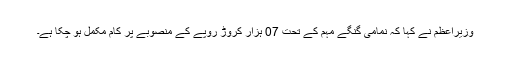
وزیراعظم نے کہا کہ نمامی گنگے مہم کے تحت 07 ہزار کروڑ روپے کے منصوبے پر کام مکمل ہو چکا ہے۔